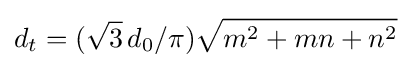
d_{t}=({\sqrt {3}}\,d_{0}/\pi ){\sqrt {m^{2}+mn+n^{2}}}